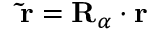
\mathbf { \tilde { r } } = \mathbf { R } _ { \alpha } \cdot \mathbf { r }